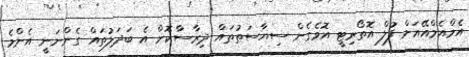
އެމްއެމްއޭއަށް ފުލް އޮތޯރިޓީ އޮވެގެން ސިޔާސަތުތައް ދިރާސާކޮށް އެ ބަދަލުތައް ގެންނަނީ އެންމެ